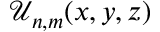
\mathcal { U } _ { n , m } ( x , y , z )